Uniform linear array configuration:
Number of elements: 24
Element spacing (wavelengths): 0.5
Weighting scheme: hann
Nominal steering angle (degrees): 60
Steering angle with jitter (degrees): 59.53
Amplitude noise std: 0.05
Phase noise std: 0.05

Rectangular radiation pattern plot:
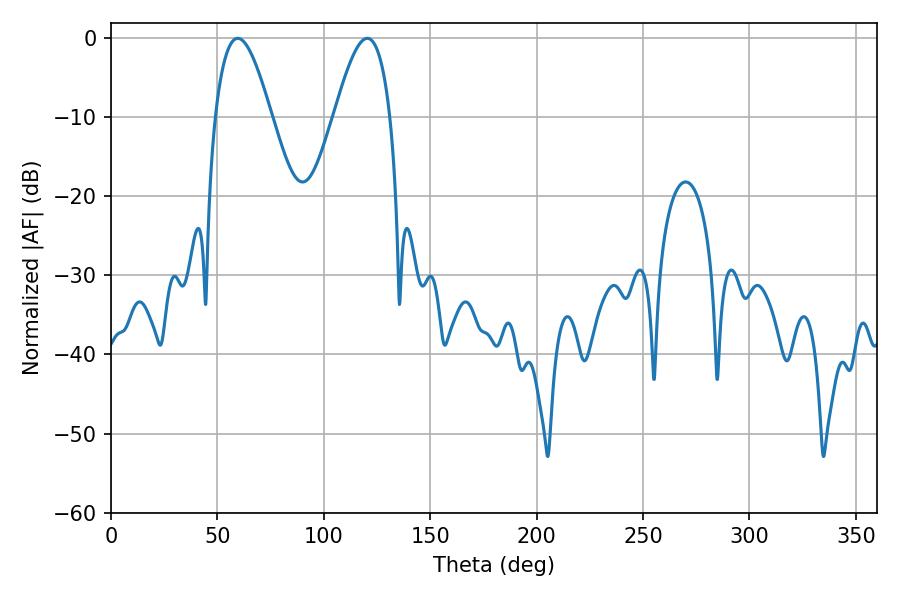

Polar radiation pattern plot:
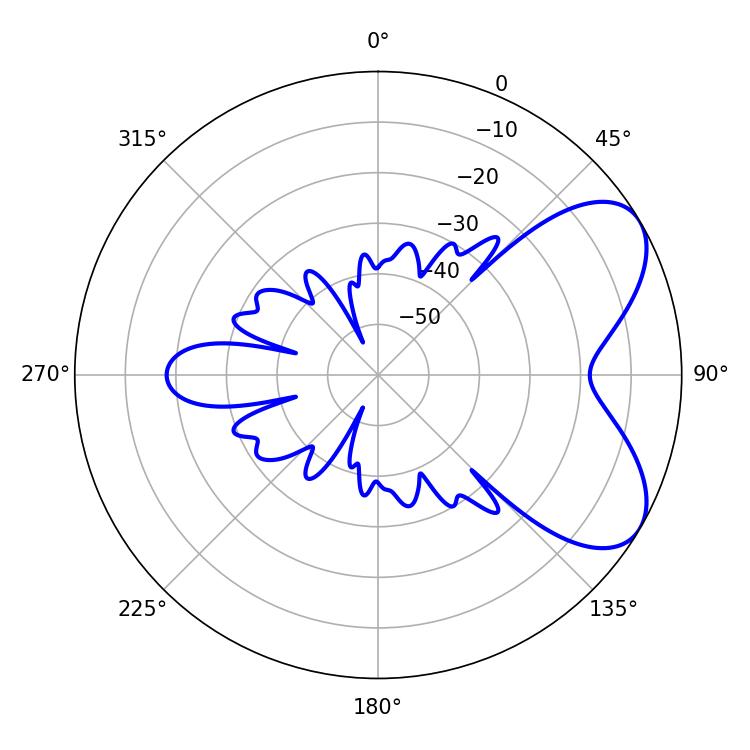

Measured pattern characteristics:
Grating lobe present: FALSE
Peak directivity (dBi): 6.253
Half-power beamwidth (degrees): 14.22
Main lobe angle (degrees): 120.42